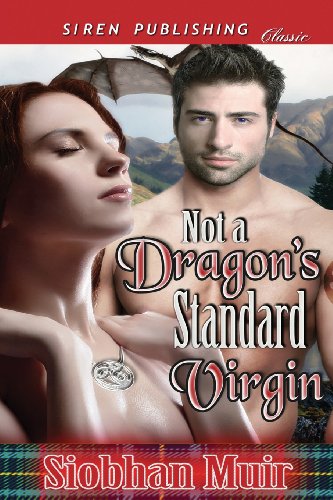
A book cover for Not a Dragon's Standard Virgin (Siren Publishing Classic); Siobhan Muir; Romance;